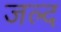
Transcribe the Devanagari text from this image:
जल्द